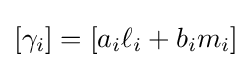
[\gamma _{i}]=[a_{i}\ell _{i}+b_{i}m_{i}]